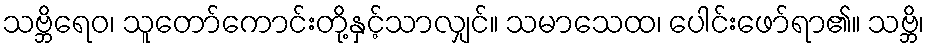
သဗ္ဘိရေဝ၊ သူတော်ကောင်းတို့နှင့်သာလျှင်။ သမာသေထ၊ ပေါင်းဖော်ရာ၏။ သဗ္ဘိ၊